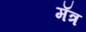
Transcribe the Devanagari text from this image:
मॅत्र